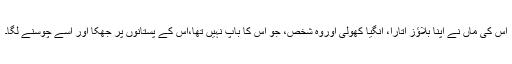
اس کی ماں نے اپنا بلاؤز اتارا، انگیا کھولی اوروہ شخص، جو اس کا باپ نہیں تھا،اس کے پستانوں پر جھکا اور اسے چوسنے لگا۔